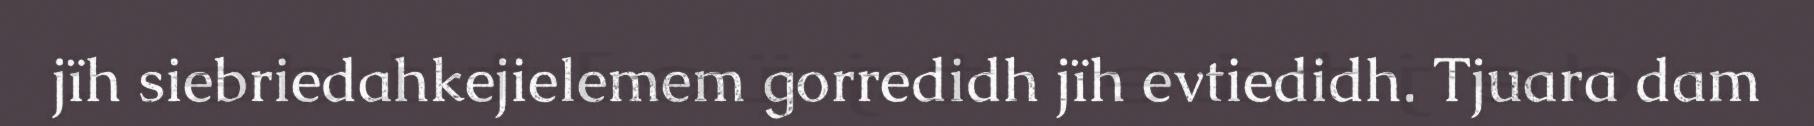
jïh siebriedahkejielemem gorredidh jïh evtiedidh. Tjuara dam